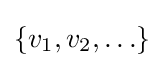
\{v_{1},v_{2},\ldots \}